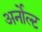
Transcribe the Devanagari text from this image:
अर्नोल्ट